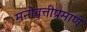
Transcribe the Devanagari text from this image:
मनोवृत्तीप्रमाणे